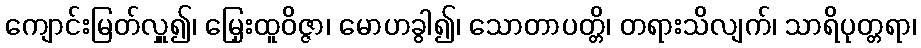
ကျောင်းမြတ်လှူ၍၊ မြှေးထူဝိဇ္ဇာ၊ မောဟခွါ၍၊ သောတာပတ္တိ၊ တရားသိလျက်၊ သာရိပုတ္တရာ၊